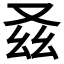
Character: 𠬾